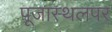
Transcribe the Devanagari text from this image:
पूजास्थलपर